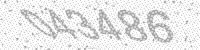
Solution: 043486